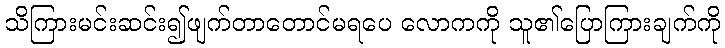
သိကြားမင်းဆင်း၍ဖျက်တာတောင်မရပေ လောကကို သူ၏ပြောကြားချက်ကို